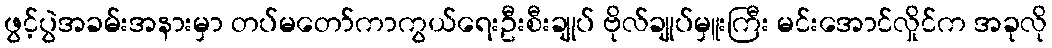
ဖွင့်ပွဲအခမ်းအနားမှာ တပ်မတော်ကာကွယ်ရေးဦးစီးချုပ် ဗိုလ်ချုပ်မှူးကြီး မင်းအောင်လှိုင်က အခုလို